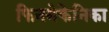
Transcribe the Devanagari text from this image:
फिनमेकेनिका